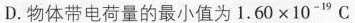
D.物体带电荷量的最小值为$$1 . 6 0 \times 1 0 ^ { - 1 9 } C$$